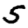
Digit: 5